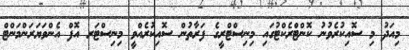
މިއަދު މި ސޮއިކުރެވުނު ކޮންޓްރެކްޓުގައި މިނިސްޓްރީގެ ފަރާތުން ސޮއިކުރެއްވީ މިނިސްޓަރ އޮފް އެންވަޔަރަންމަންޓް